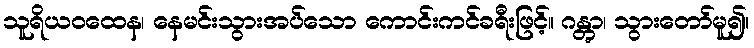
သူရိယဝထေန၊ နေမင်းသွားအပ်သော ကောင်းကင်ခရီးဖြင့်။ ဂန္တွာ၊ သွားတော်မူ၍။